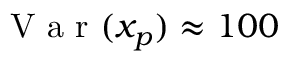
\mathrm { ~ V ~ a ~ r ~ } ( x _ { p } ) \approx 1 0 0